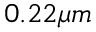
0 . 2 2 \mu m